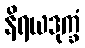
နိရယဒုက္ခံ